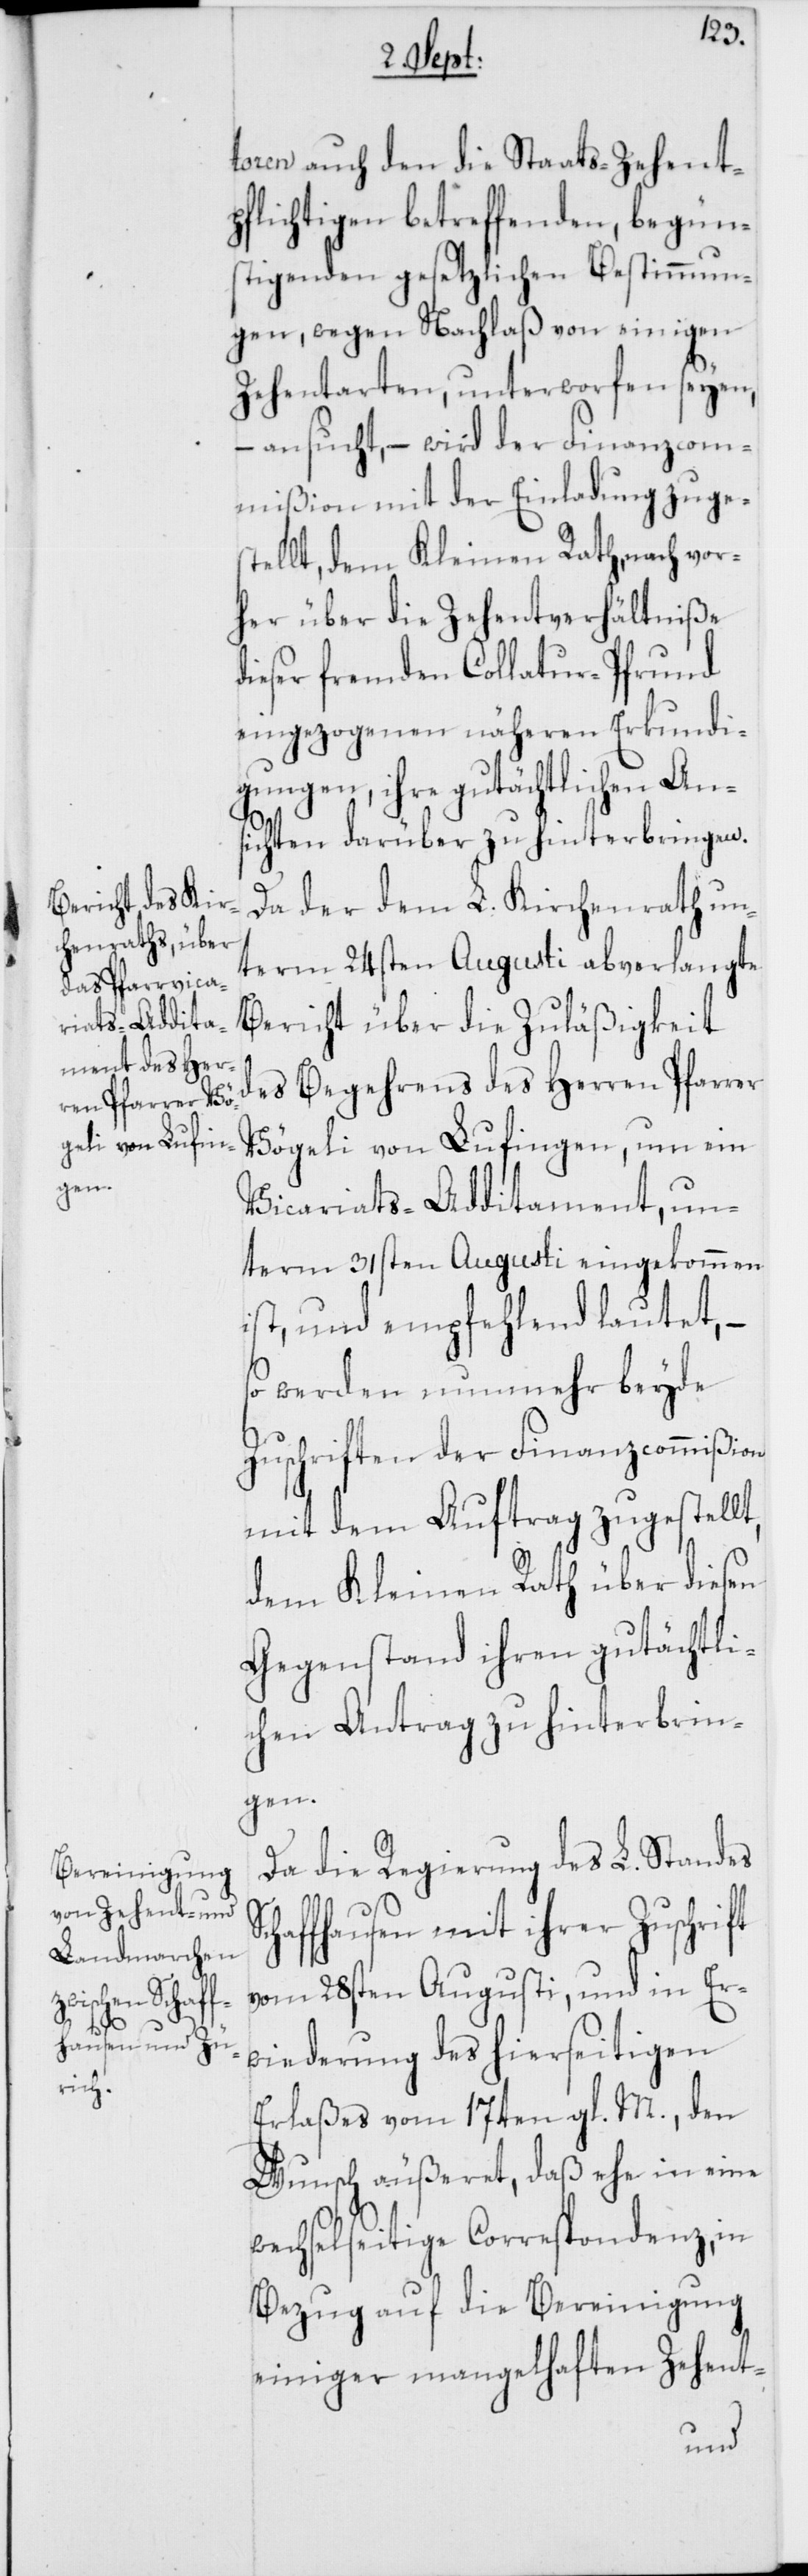
Sc¬

toren auch den die Staats-Zehent¬
pflichtigen betreffenden, begüns¬
tigenden gesetzlichen Bestimmun¬
gen, wegen Nachlaß von einigen
Zehentarten, unterworfen seyen,
– ansucht, – wird der Finanzcom¬
mißion mit der Einladung zuges¬
tellt, dem Kleinen Rath, nach vor¬
her über die Zehentverhältniße
dieser fremden Collatur-Pfrund
eingezogenen näheren Erkundi¬
gungen, ihre gutächtlichen Ans¬
ichten darüber zu hinterbringen.
Da der dem L. Kirchenrath un¬
term 24sten Augusti abverlangte
Bericht über die Zuläßigkeit
des Begehrens des Herren Pfarrer
Vögeli von Lufingen, um ein
Vicariats-Additament, un¬
term 31sten Augusti eingekommen
ist, und empfehlend lautet, –
so werden nunmehr beyde
Zuschriften der Finanzcommißion
mit dem Auftrag zugestellt,
dem Kleinen Rath über diesen
Gegenstand ihren gutächtli¬
chen Antrag zu hinterbrin¬
gen.
Da die Regierung des L. Standes
haffhausen mit ihrer Zuschrift
vom 28sten Augusti, und in Er¬
wiederung des hierseitigen
Erlaßes vom 17ten gl. M., den
Wunsch äußeret, daß ehe in eine
wechselseitige Correspondenz, in
Bezug auf die Bereinigung
einiger mangelhaften Zehent-